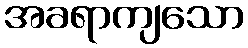
အခရာကျသော